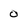
Character: 0